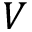
V